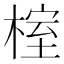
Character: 榁